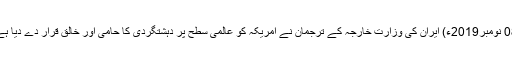
08 نومبر2019ء) ایران کی وزارت خارجہ کے ترجمان نے امریکہ کو عالمی سطح پر دہشتگردی کا حامی اور خالق قرار دے دیا ہے۔